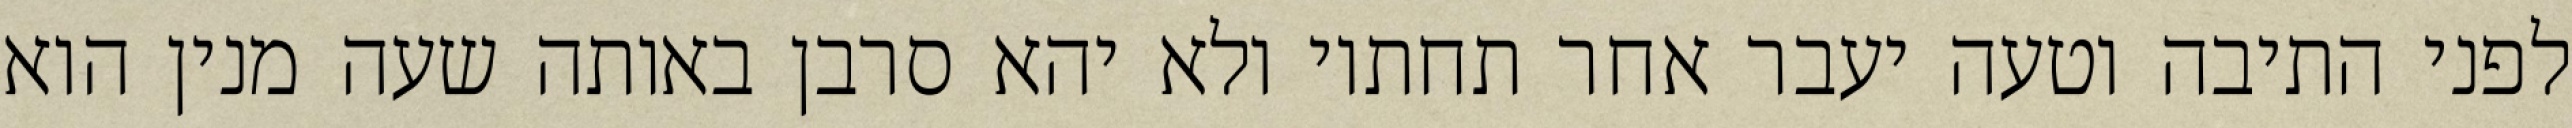
לפני התיבה וטעה יעבר אחר תחתיו ולא יהא סרבן באותה שעה מנין הוא